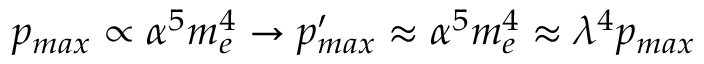
p _ { m a x } \propto \alpha ^ { 5 } m _ { e } ^ { 4 } \rightarrow p _ { m a x } ^ { \prime } \approx \alpha ^ { 5 } m _ { e } ^ { 4 } \approx \lambda ^ { 4 } p _ { m a x }